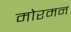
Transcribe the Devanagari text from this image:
मोरमन